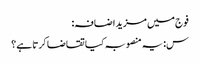
فوج میں مزید اضافہ:
س: یہ منصوبہ کیا تقاضا کرتا ہے؟